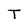
Character: T